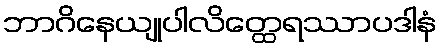
ဘာဂိနေယျုပါလိတ္ထေရဿာပဒါနံ